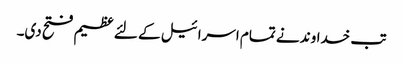
تب خداوند نے تمام اسرا ئیل کے لئے عظیم فتح دی۔